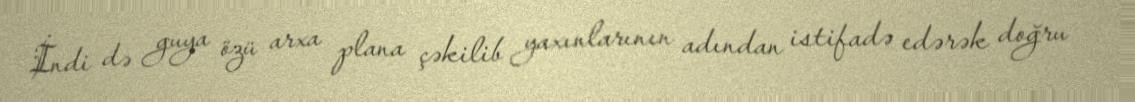
İndi də guya özü arxa plana çəkilib yaxınlarının adından istifadə edərək doğru